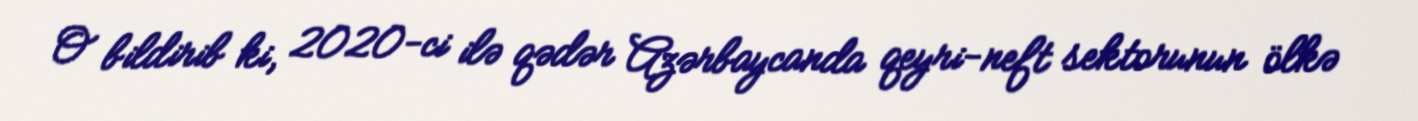
O bildirib ki, 2020-ci ilə qədər Azərbaycanda qeyri-neft sektorunun ölkə